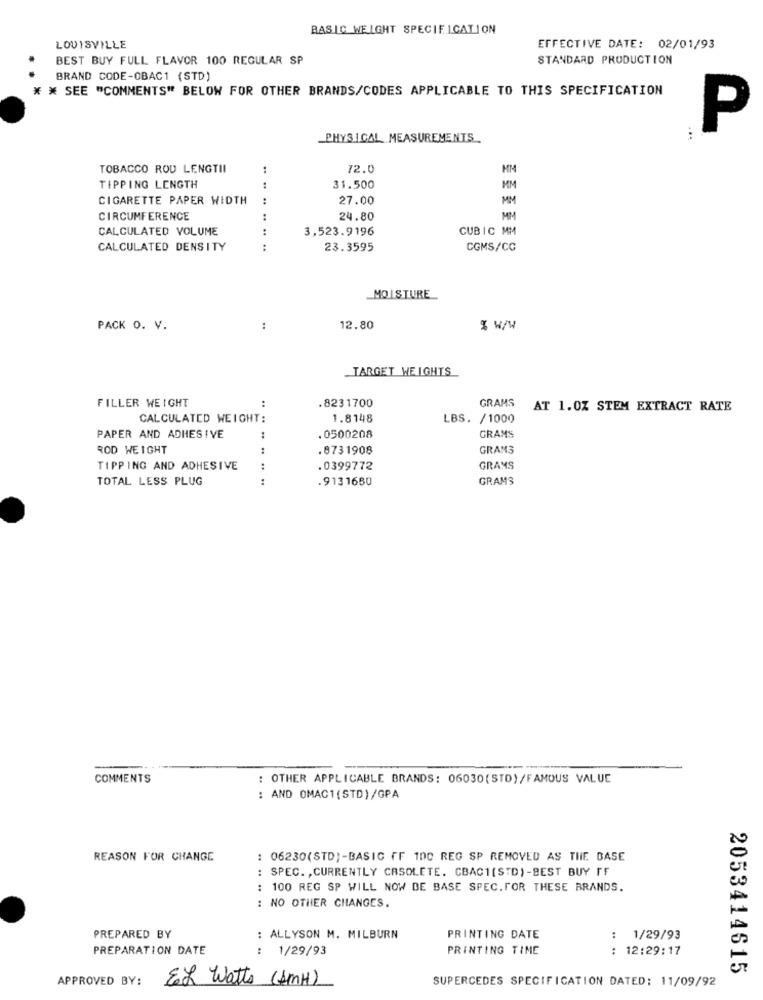
BASIC WEIGHT SPECIFICATION
LOUISVILLE
EFFECTIVE DATE: 02/01/93
BEST BUY FULL FLAVOR 100 REGULAR SP
STANDARD PRODUCTION
BRAND CODE-OBAC1 (STD)
* * SEE "COMMENTS" BELOW FOR OTHER BRANDS/CODES APPLICABLE TO THIS SPECIFICATION
P
PHYSICAL MEASUREMENTS
...
TOBACCO ROU LENGTII
..
72.0
MM
TIPPING LENGTH
31.500
MM
CIGARETTE PAPER WIDTH
:
27.00
MM
CIRCUMFERENCE
:
24.80
MM
CALCULATED VOLUME
:
3,523.9196
CUBIC MM
CALCULATED DENSITY
:
23.3595
CGMS/CC
MOISTURE
PACK O. V.
12.80
% W/W
.TARGET WEIGHTS
FILLER WEIGHT
GRAMS
:
.8231700
AT 1.0Z STEM EXTRACT RATE
CALCULATED WEIGHT:
1.8148
LBS. /1000
PAPER AND ADHESIVE
:
.0500208
GRAMS
ROD WEIGHT
..
.8731908
GRAMS
TIPPING AND ADHESIVE
:
.0399772
GRAMS
TOTAL LESS PLUG
.9131650
GRAMS
COMMENTS
: OTHER APPLICABLE BRANDS: 06030( STD)/FAMOUS VALUE
: AND OMAC1(STD)/GPA
REASON FOR CHANGE
: 06230(STD)-BASIC FF 100 REG SP REMOVED AS THE BASE
SPEC. , CURRENTLY CASOLETE. CBACH(STD)-BEST BUY FF
100 REG SP WILL NOW BE BASE SPEC.FOR THESE BRANDS.
: NO OTHER CHANGES.
PREPARED BY
: ALLYSON M. MILBURN
PRINTING DATE
: 1/29/93
PREPARATION DATE
1/29/93
PRINTING TIME
: 12:29:17
2053414615
APPROVED BY:
EL Watts (1MH)
SUPERCEDES SPECIFICATION DATED: 11/09/92